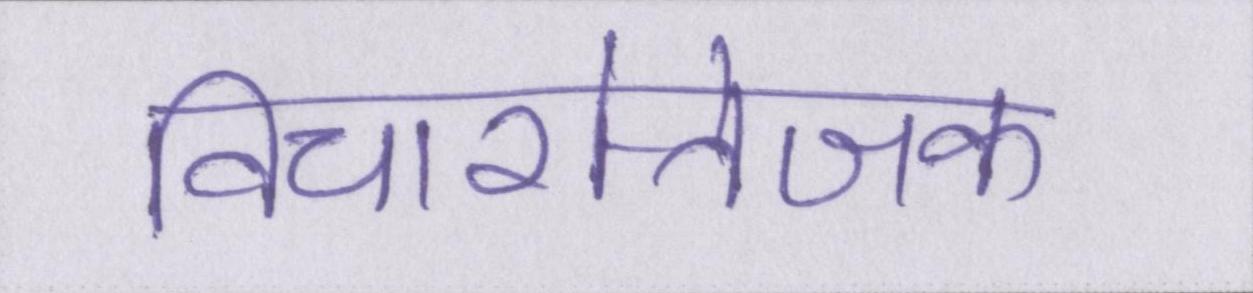
विचारोत्तेजक